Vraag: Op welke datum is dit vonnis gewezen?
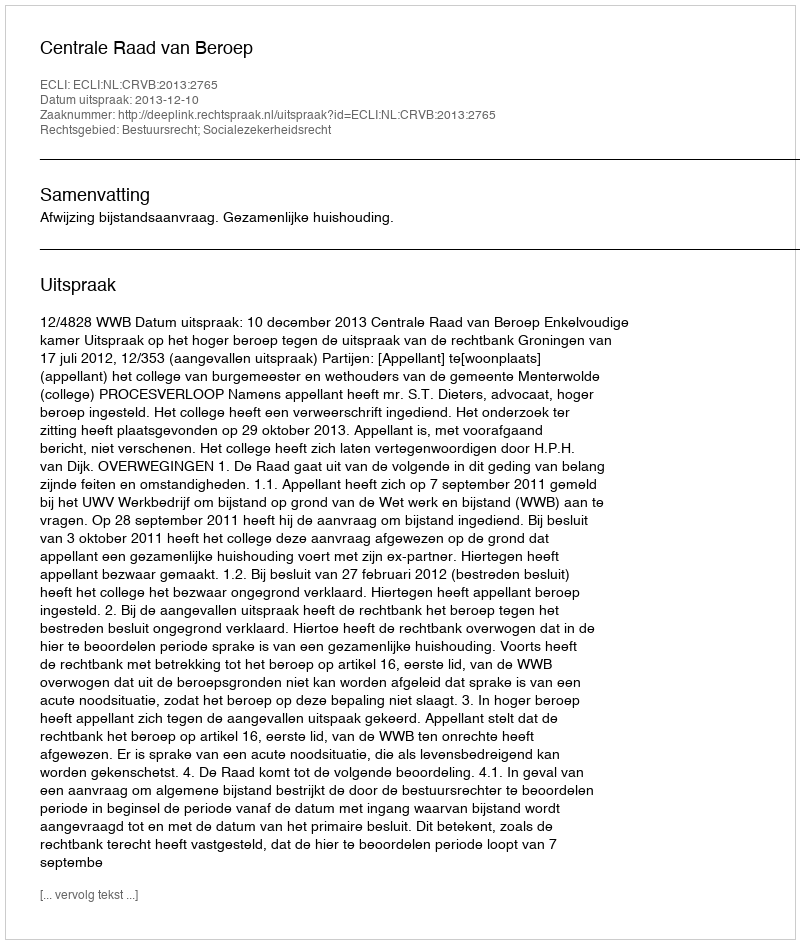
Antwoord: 2013-12-10